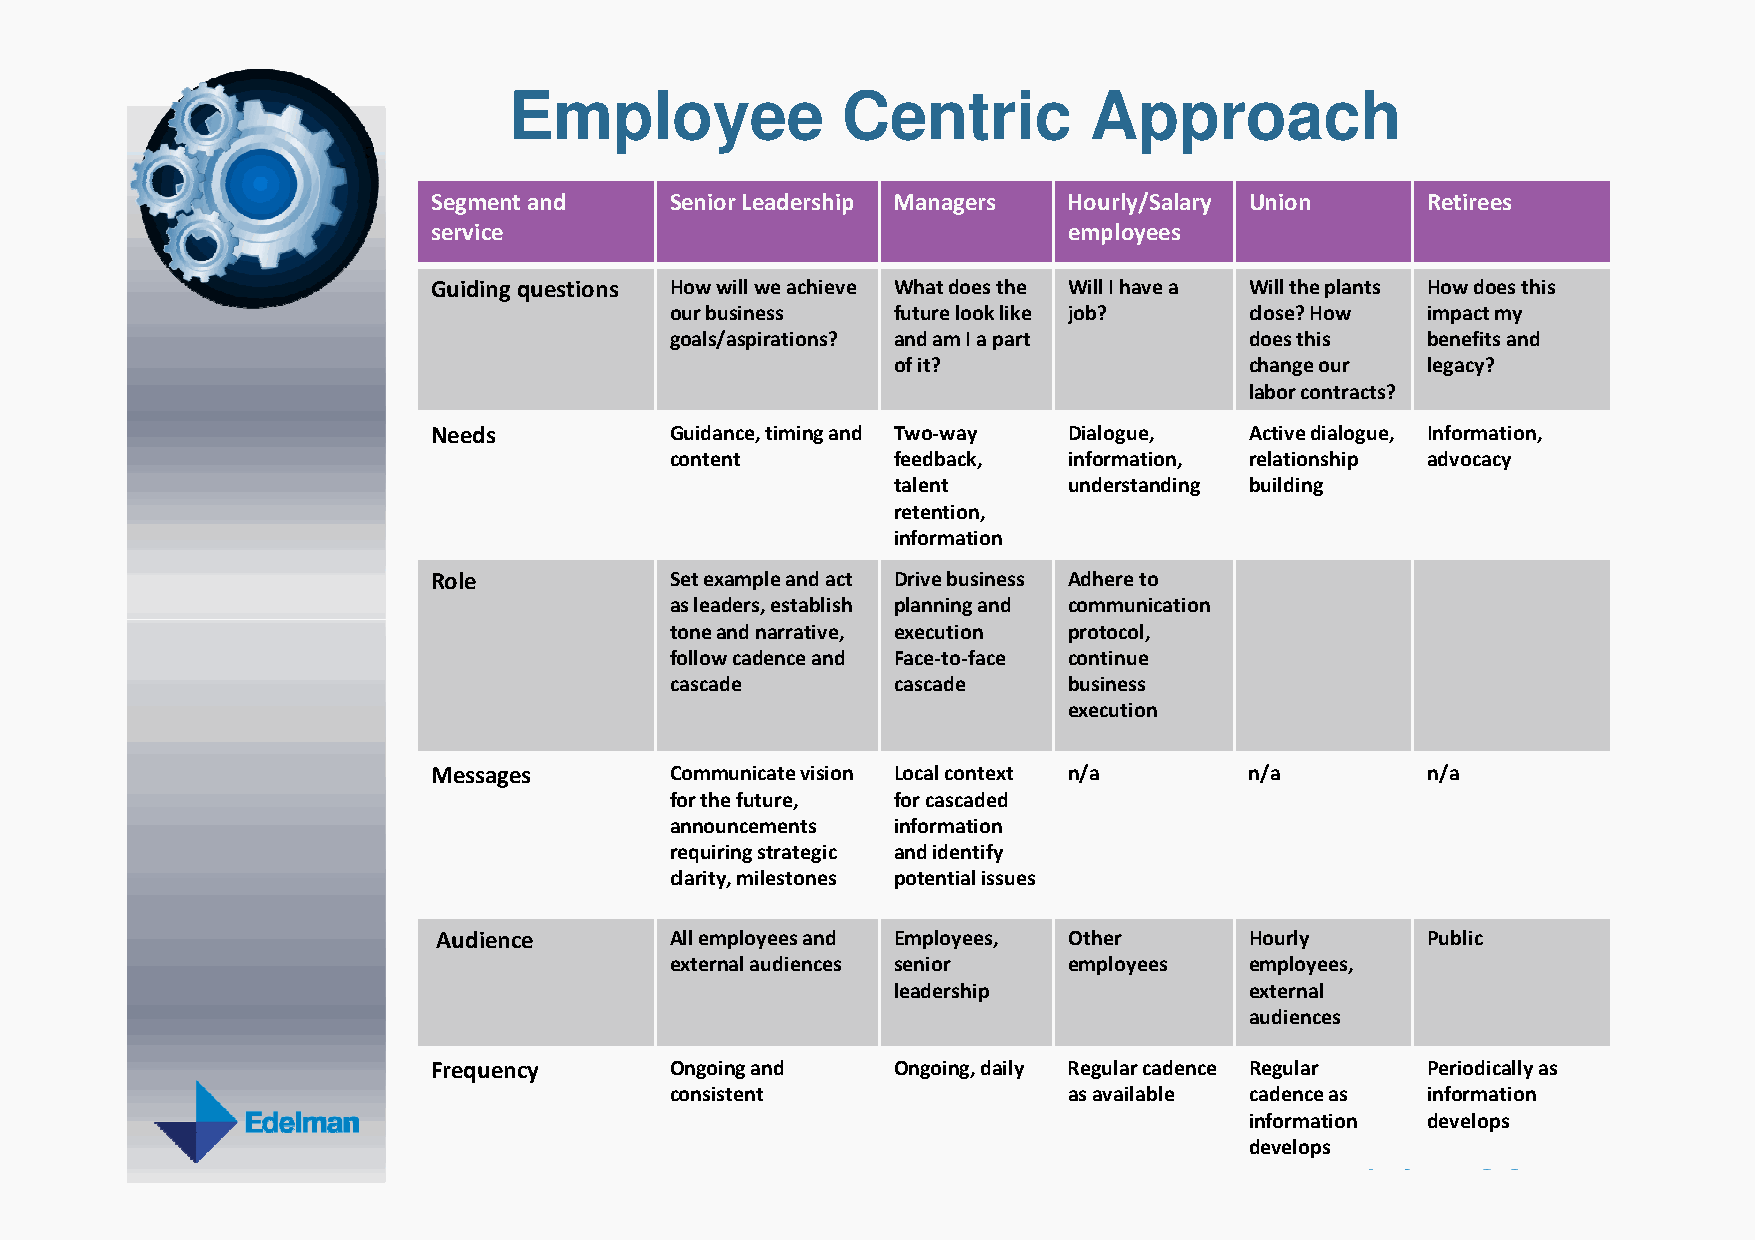
Employee              Centric         Approach
 Segment and    Senior Leadership Managers Hourly/Salary Union    Retirees
 service                                   employees
 Guiding questions How will we achieve What does the Will I have a Will the plants How does this
 our business   future look like job?   close? How impact my
 goals/aspirations? and am I a part     does this  benefits and
 of it?                  change our legacy?
 labor contracts?
 Needs          Guidance, timing and Two-way Dialogue, Active dialogue, Information,
 content        feedback,   information, relationship advocacy
 talent      understanding building
 retention,
 information
 Role           Set example and act Drive business Adhere to
 as leaders, establish planning and communication
 ttoonnee aanndd nnaarrrraattiivvee,, eexxeeccuuttiioonn pprroottooccooll,,
 follow cadence and Face-to-face continue
 cascade        cascade     business
 execution
 Messages       Communicate vision Local context n/a   n/a        n/a
 for the future, for cascaded
 announcements  information
 requiring strategic and identify
 clarity, milestones potential issues
 Audience       All employees and Employees, Other     Hourly     Public
 external audiences senior  employees   employees,
 leadership              external
 audiences
 Frequency      Ongoing and    Ongoing, daily Regular cadence Regular Periodically as
 consistent                 as available cadence as information
 information develops
 develops